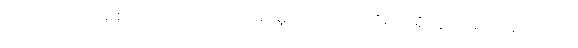
အတင်းအဖျင်းနဲ့ စပ်ဆိုင်တဲ့ ပုဂ္ဂိုလ်ပေါ်မှာ မူလက ကြည်ညိုရင်း ရှိနေပေမယ့် အကြည်ညို